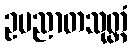
ဥပညာတသုတ္တံ